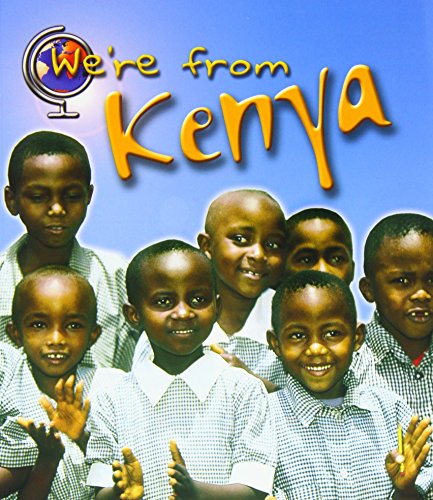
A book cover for Kenya (We're From . . .); Emma Lynch; History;